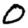
Digit: 0